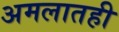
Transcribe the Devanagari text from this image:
अमलातही